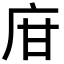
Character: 𢇾